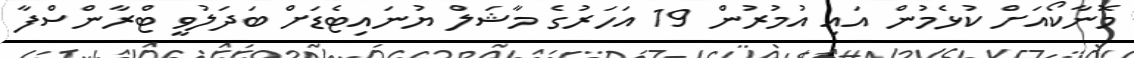
މޮނާކޯއަށް ކުޅެމުން އައި އުމުރުން 19 އަހަރުގެ މާޝަލް ޔުނައިޓެޑަށް ބަދަލުވީ ޓްރާންސްފާ